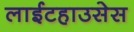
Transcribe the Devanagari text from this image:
लाईटहाउसेस